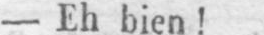
- Eh bien!